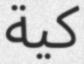
كية